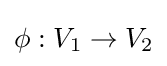
\phi :V_{1}\rightarrow V_{2}